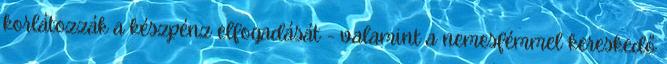
korlátozzák a készpénz elfogadását - valamint a nemesfémmel kereskedő